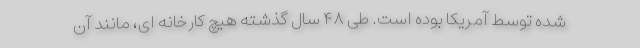
شده توسط آمریکا بوده است. طی ۴۸ سال گذشته هیچ کارخانه ای، مانند آن